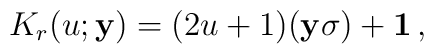
K_r (u;{\bf y})=(2u+1)({\bf y}{\bf {\sigma}})+{\bf 1}\,,